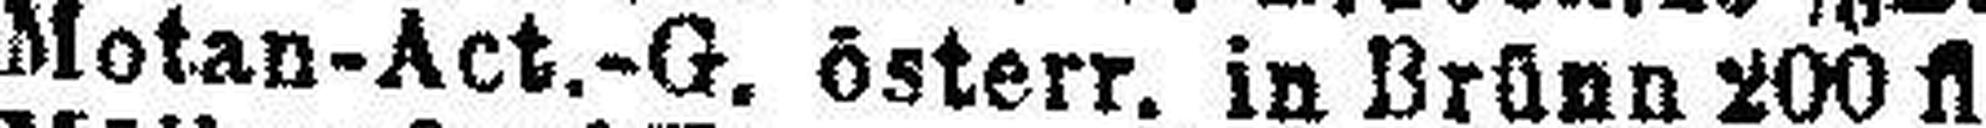
Motan-Act.-G. österr. in Brünn 200 fl.